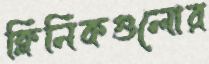
ক্লিনিকগুলোর